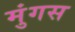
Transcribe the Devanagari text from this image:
मुंगस